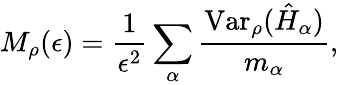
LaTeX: M_{\rho}(\epsilon)=\frac{1}{\epsilon^{2}}\sum_{\alpha}\frac{\mathrm{Var}_{\rho}(\hat{H}_{\alpha})}{m_{\alpha}},